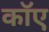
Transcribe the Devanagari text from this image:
काॅए